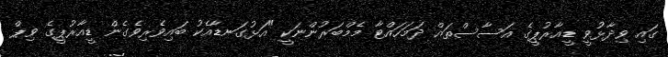
ގައި ވިދާޅުވީ ޑީއާރުޕީގެ އަސާސްތައް ދަމަހައްޓާ މެމްބަރުންނަކީ "އަޅުގަނޑާއެކު ބައިވެރިވެގެން ޑީއާރުޕީގެ ވިޕް